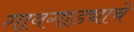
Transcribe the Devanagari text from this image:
गावगाड्याचे